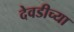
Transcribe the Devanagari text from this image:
देवडीच्या